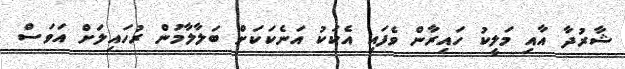
ޝާރުދާ އާއި މަލީކު ހައިރާން ވެފައި އެކަކު އަނެކަކަށް ބަލާލާމުން ރުހައިލަށް އަވަސް